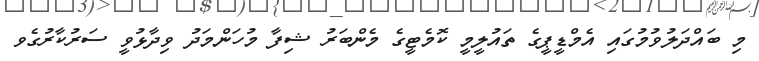
މި ބައްދަލުވުމުގައި އެމްޑީޕީގެ ތައުލީމީ ކޮމެޓީގެ މެންބަރު ޝިފާ މުހަންމަދު ވިދާޅުވީ ސަރުކާރުގެވ